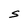
Character: S